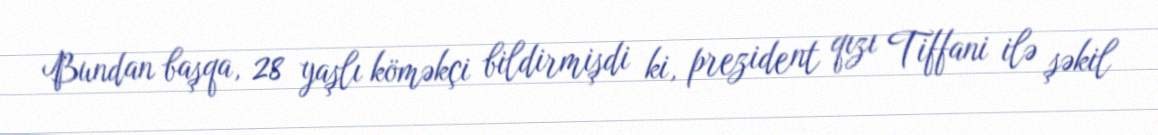
Bundan başqa, 28 yaşlı köməkçi bildirmişdi ki, prezident qızı Tiffani ilə şəkil